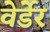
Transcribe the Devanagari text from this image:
वेर्डेर